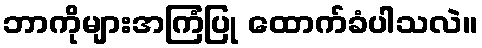
ဘာကိုများအကြံပြု ထောက်ခံပါသလဲ။